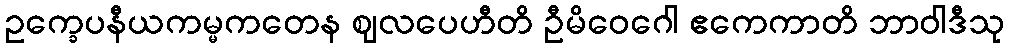
ဥက္ခေပနီယကမ္မကတေန ဈလပေဟီတိ ဦမိဝေဂေါ ဧကေကာတိ ဘာဝါဒီသု